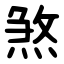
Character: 煞